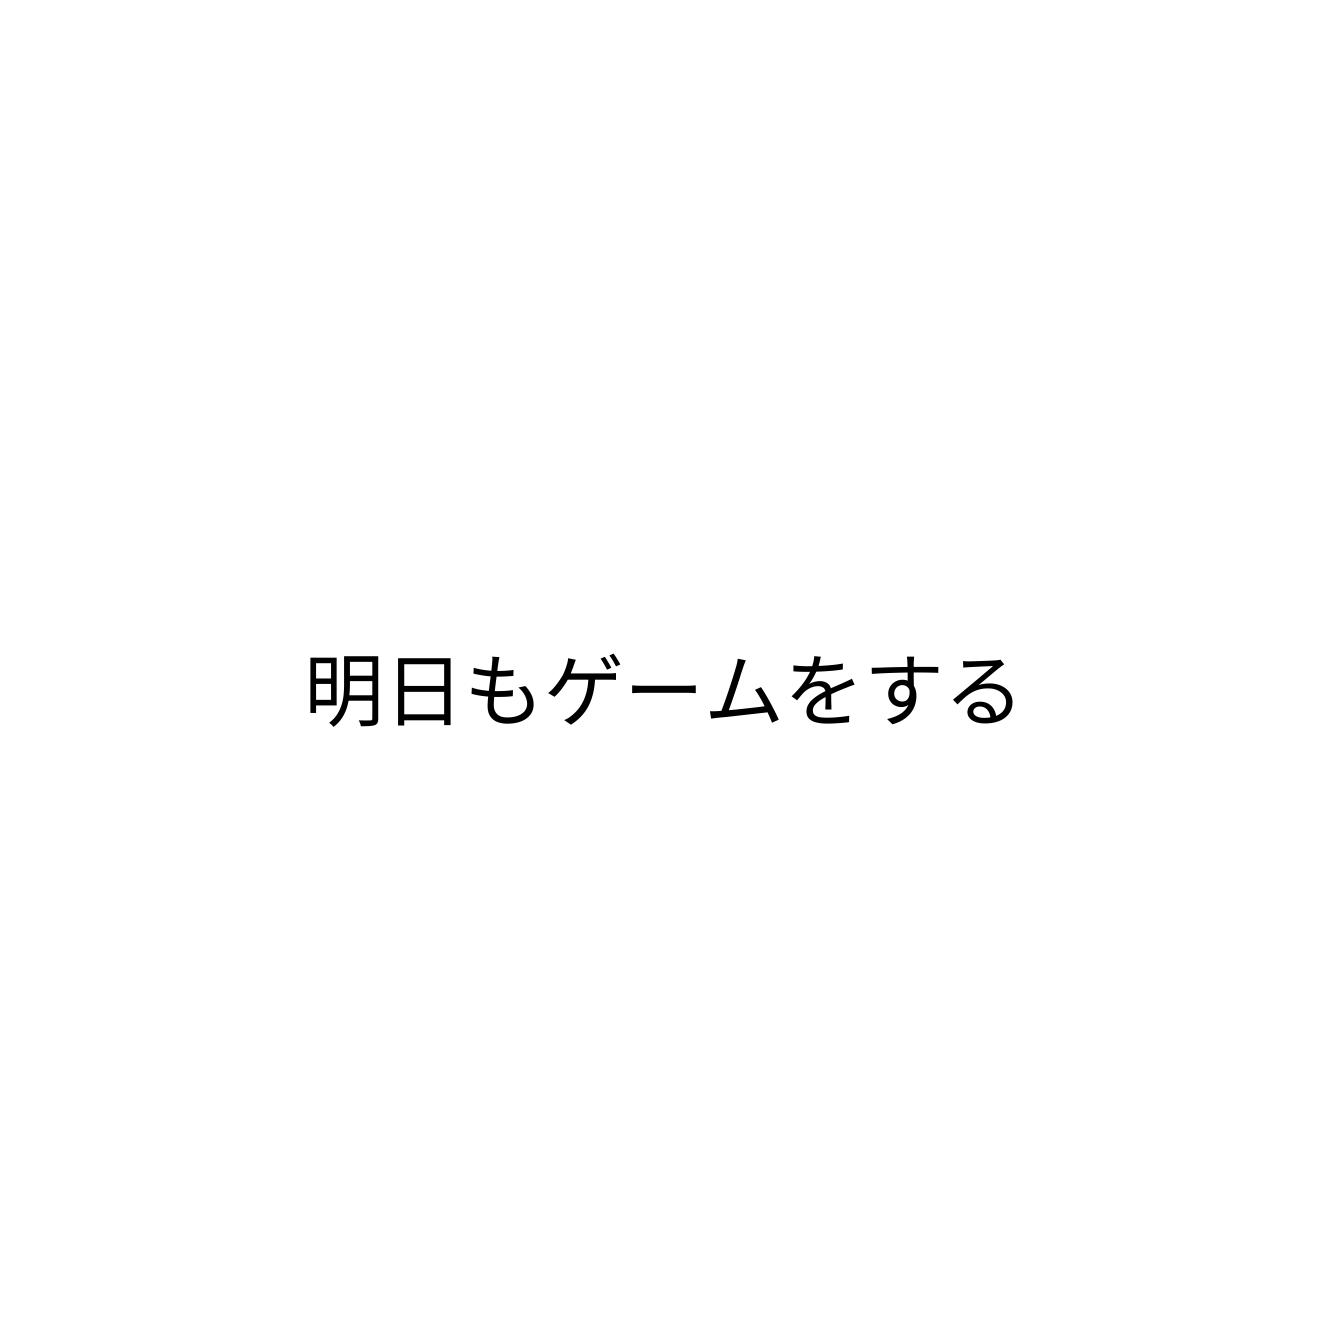
明日もゲームをする